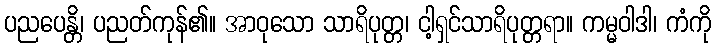
ပညပေန္တိ၊ ပညတ်ကုန်၏။ အာဝုသော သာရိပုတ္တ၊ ငါ့ရှင်သာရိပုတ္တရာ။ ကမ္မဝါဒါ၊ ကံကို